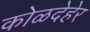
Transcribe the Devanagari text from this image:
कोळदेहेर